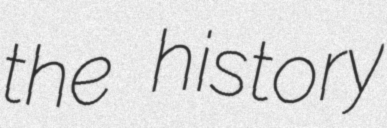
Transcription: the history